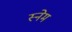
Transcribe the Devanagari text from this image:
स्नेम